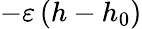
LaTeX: -\varepsilon\left(h-h_{0}\right)